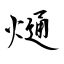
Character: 熥